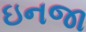
ઇનજા